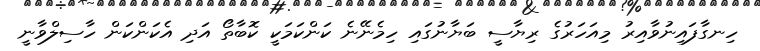
ހިނގާފައިނުވާއިރު މިއަހަރުގެ ރިޔާސީ ބަޔާނުގައި ހިމެނޭނެ ކަންކަމަކީ ކޮބާތޯ އަދި އެކަންކަން ހާސިލްވާނީ